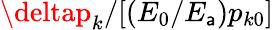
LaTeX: \deltap_{k}/[(E_{0}/E_{\mathsf{a}})p_{k0}]